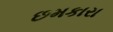
છમકારા